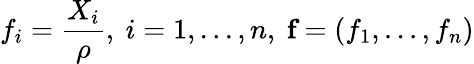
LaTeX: f_{i}=\frac{X_{i}}{\rho},\ i=1,...,n,\ \textbf{f}=(f_{1},...,f_{n})